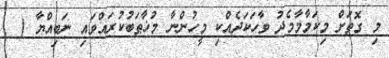
މި ގޮތަށް މިކަމާމާމެދު ވާހަކަދެއްކި މީހުންނާ މުޚާޠަބުކުރައްވައި ނަބިއްޔާ (